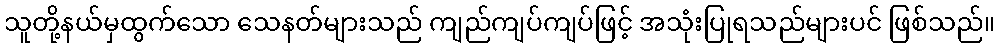
သူတို့နယ်မှထွက်သော သေနတ်များသည် ကျည်ကျပ်ကျပ်ဖြင့် အသုံးပြုရသည်များပင် ဖြစ်သည်။